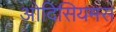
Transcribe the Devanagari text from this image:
ओदिसियमस